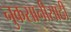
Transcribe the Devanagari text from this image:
नुकसानीसाठी